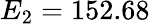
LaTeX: E_{2}=152.68